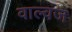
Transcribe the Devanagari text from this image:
वाल्वज